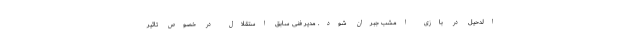
الدحیل در بازی امشب جبران شود. مدیر فنی سابق استقلال در خصوص تاثیر